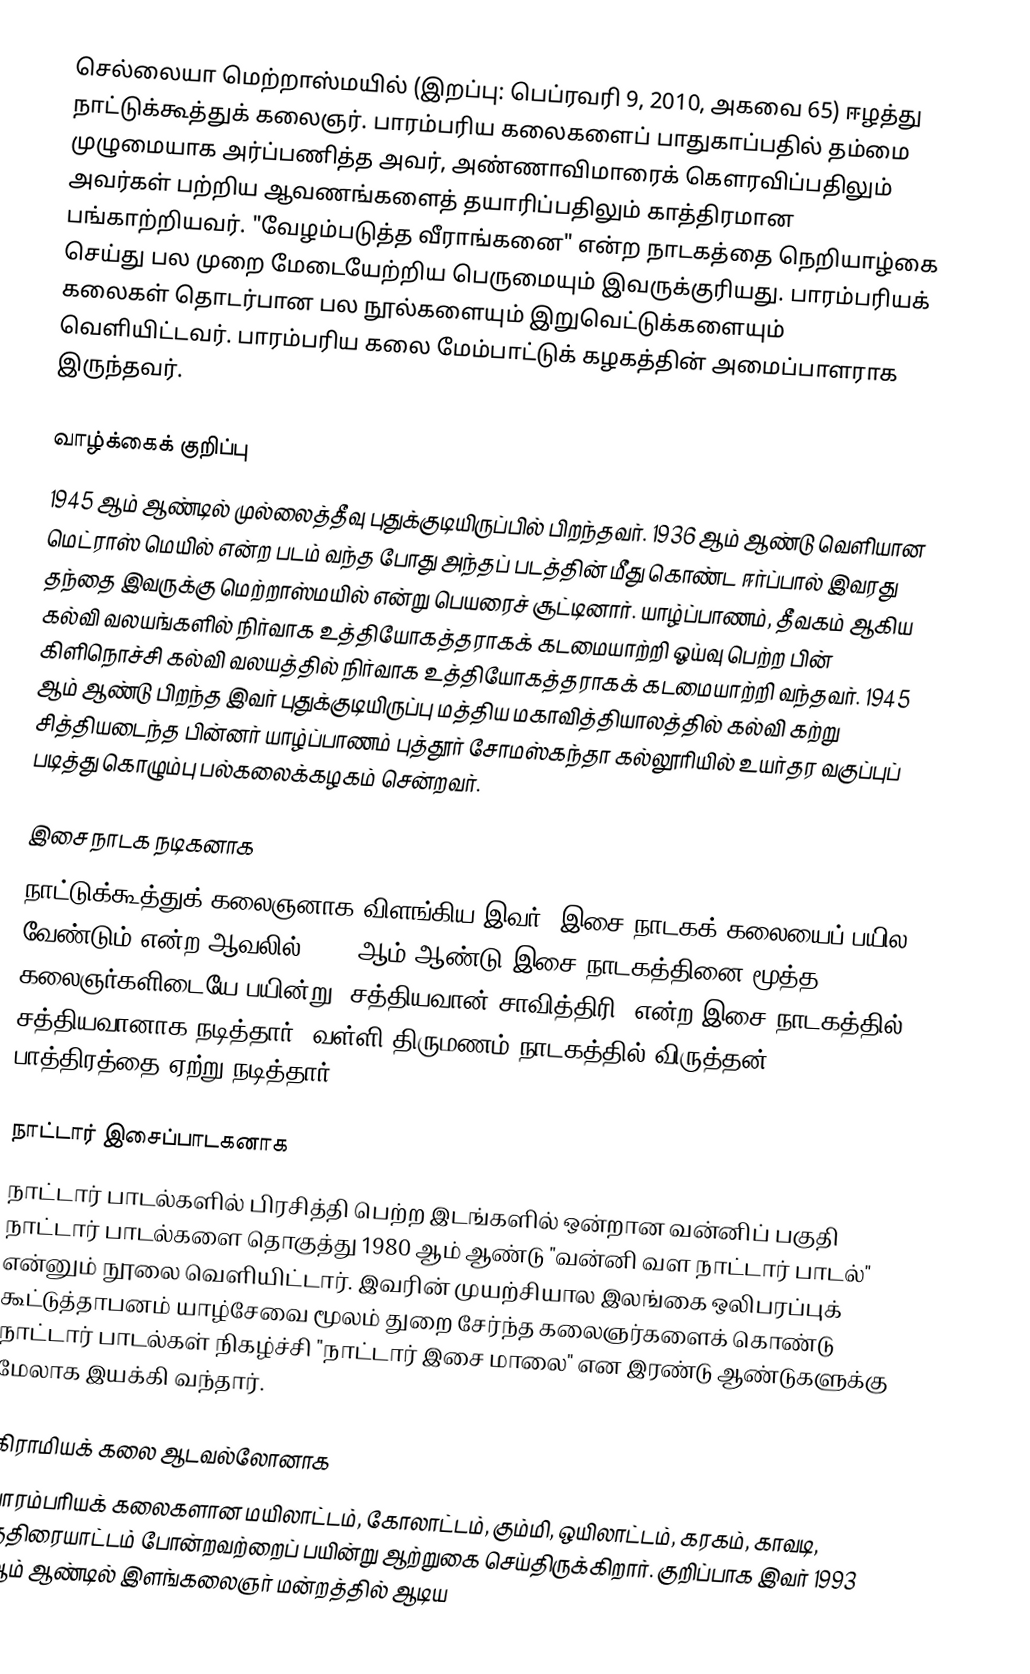
செல்லையா மெற்றாஸ்மயில் (இறப்பு: பெப்ரவரி 9, 2010, அகவை 65) ஈழத்து நாட்டுக்கூத்துக் கலைஞர். பாரம்பரிய கலைகளைப் பாதுகாப்பதில் தம்மை முழுமையாக அர்ப்பணித்த அவர், அண்ணாவிமாரைக் கெளரவிப்பதிலும் அவர்கள் பற்றிய ஆவணங்களைத் தயாரிப்பதிலும் காத்திரமான பங்காற்றியவர். "வேழம்படுத்த வீராங்கனை" என்ற நாடகத்தை நெறியாழ்கை செய்து பல முறை மேடையேற்றிய பெருமையும் இவருக்குரியது. பாரம்பரியக் கலைகள் தொடர்பான பல நூல்களையும் இறுவெட்டுக்களையும் வெளியிட்டவர். பாரம்பரிய கலை மேம்பாட்டுக் கழகத்தின் அமைப்பாளராக இருந்தவர்.

வாழ்க்கைக் குறிப்பு
1945 ஆம் ஆண்டில் முல்லைத்தீவு புதுக்குடியிருப்பில் பிறந்தவர். 1936 ஆம் ஆண்டு வெளியான மெட்ராஸ் மெயில் என்ற படம் வந்த போது அந்தப் படத்தின் மீது கொண்ட ஈர்ப்பால் இவரது தந்தை இவருக்கு மெற்றாஸ்மயில் என்று பெயரைச் சூட்டினார். யாழ்ப்பாணம், தீவகம் ஆகிய கல்வி வலயங்களில் நிர்வாக உத்தியோகத்தராகக் கடமையாற்றி ஓய்வு பெற்ற பின் கிளிநொச்சி கல்வி வலயத்தில் நிர்வாக உத்தியோகத்தராகக் கடமையாற்றி வந்தவர். 1945 ஆம் ஆண்டு பிறந்த இவர் புதுக்குடியிருப்பு மத்திய மகாவித்தியாலத்தில் கல்வி கற்று சித்தியடைந்த பின்னர் யாழ்ப்பாணம் புத்தூர் சோமஸ்கந்தா கல்லூரியில் உயர்தர வகுப்புப் படித்து கொழும்பு பல்கலைக்கழகம் சென்றவர்.

இசை நாடக நடிகனாக
நாட்டுக்கூத்துக் கலைஞனாக விளங்கிய இவர், இசை நாடகக் கலையைப் பயில வேண்டும் என்ற ஆவலில் 1997 ஆம் ஆண்டு இசை நாடகத்தினை மூத்த கலைஞர்களிடையே பயின்று "சத்தியவான் சாவித்திரி" என்ற இசை நாடகத்தில் சத்தியவானாக நடித்தார். வள்ளி திருமணம் நாடகத்தில் விருத்தன் பாத்திரத்தை ஏற்று நடித்தார்.

நாட்டார் இசைப்பாடகனாக
நாட்டார் பாடல்களில் பிரசித்தி பெற்ற இடங்களில் ஒன்றான வன்னிப் பகுதி நாட்டார் பாடல்களை தொகுத்து 1980 ஆம் ஆண்டு "வன்னி வள நாட்டார் பாடல்" என்னும் நூலை வெளியிட்டார். இவரின் முயற்சியால இலங்கை ஒலிபரப்புக் கூட்டுத்தாபனம் யாழ்சேவை மூலம் துறை சேர்ந்த கலைஞர்களைக் கொண்டு நாட்டார் பாடல்கள் நிகழ்ச்சி "நாட்டார் இசை மாலை" என இரண்டு ஆண்டுகளுக்கு மேலாக இயக்கி வந்தார்.

கிராமியக் கலை ஆடவல்லோனாக
பாரம்பரியக் கலைகளான மயிலாட்டம், கோலாட்டம், கும்மி, ஒயிலாட்டம், கரகம், காவடி, குதிரையாட்டம் போன்றவற்றைப் பயின்று ஆற்றுகை செய்திருக்கிறார். குறிப்பாக இவர் 1993 ஆம் ஆண்டில் இளங்கலைஞர் மன்றத்தில் ஆடிய